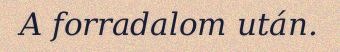
A forradalom után.